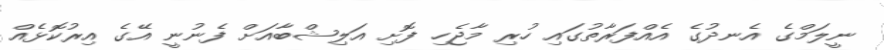
ނީލަމްގެ އެނދުގެ އެއްފަރާތުގައި ހުރި މާޖެހި ފޮށި އަލިޝްބާއަށް ފެނުނީ އޭގެ އިރުކޮޅެއް